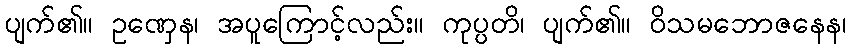
ပျက်၏။ ဥဏှေန၊ အပူကြောင့်လည်း။ ကုပ္ပတိ၊ ပျက်၏။ ဝိသမဘောဇနေန၊